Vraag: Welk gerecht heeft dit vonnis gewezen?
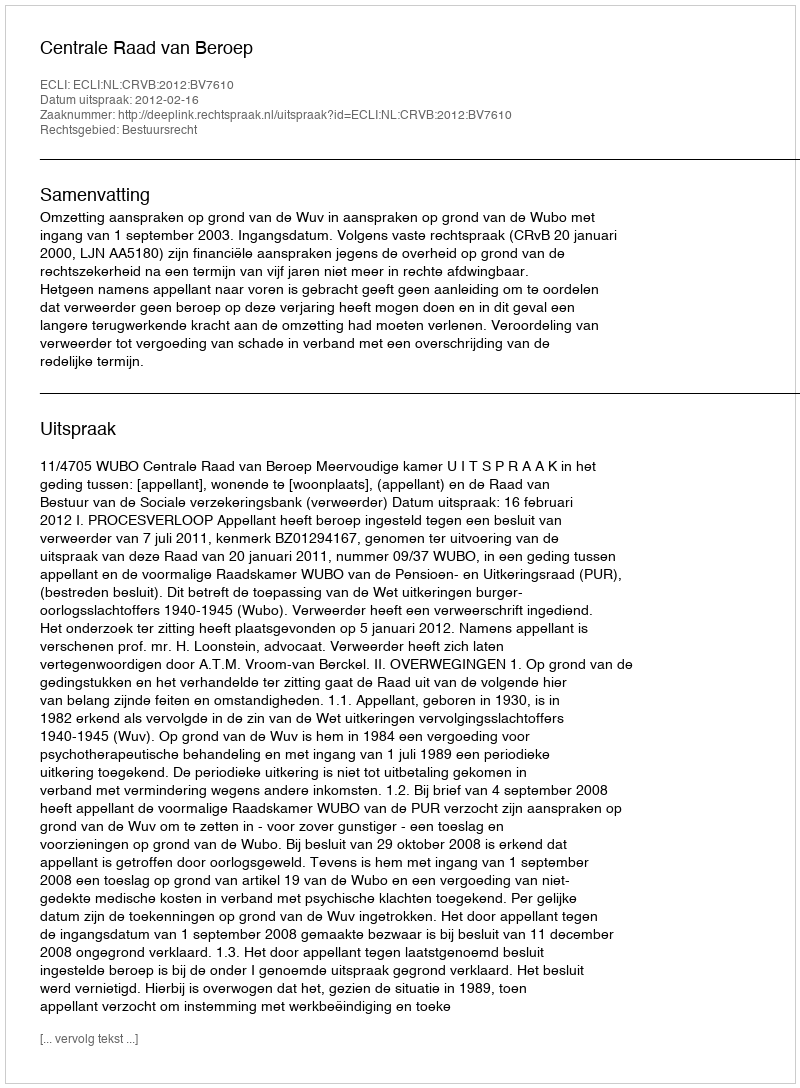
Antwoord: Centrale Raad van Beroep